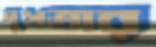
দুখতার